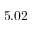
5 . 0 2